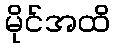
မိုင်အထိ